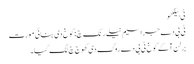
ٹی بیلکھو
ٹی بی دے جراسیم نیلے رنک چ: کوخ دی بنائی مورت
برلن آکے کوخ ٹی بی دے روگ دی کھوج چ لگ گیا۔